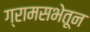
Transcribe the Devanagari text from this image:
ग्रामसभेतून